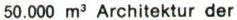
50.000 m3 Architektur der